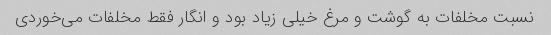
نسبت مخلفات به گوشت و مرغ خیلی زیاد بود و انگار فقط مخلفات می‌خوردی